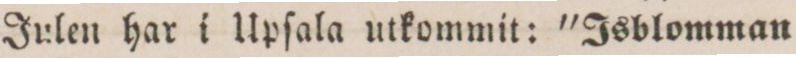
Julen har i Upſala utkommit: 'Isblomman